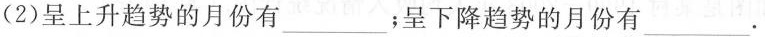
(2)呈上升趋势的月份有___；呈下降趋势的月份有___。